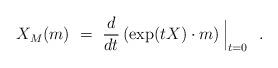
LaTeX: \begin{align*}X_M(m)~=~{d\over dt} \, (\exp(tX) \cdot m) \, \Big|_{t=0}~~. \end{align*}